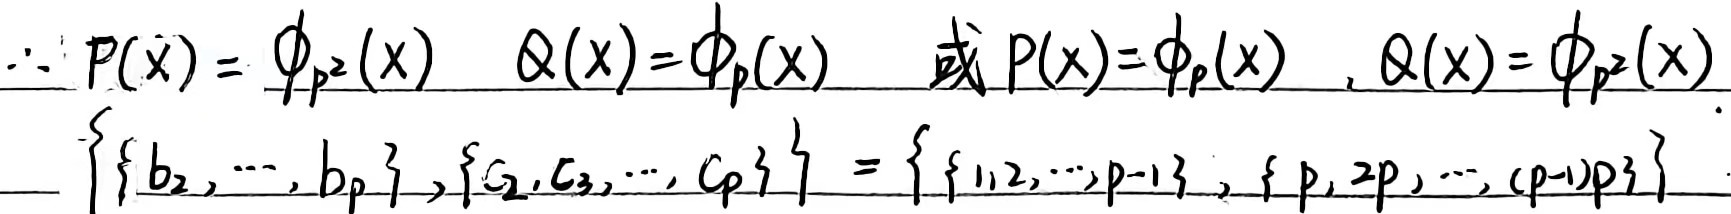
$\therefore P(x)=\phi_{p^{2}}(x),\quad Q(x)=\phi_{p}(x)\quad 或 P(x)=\phi_{p}(x),\quad Q(x)=\phi_{p^{2}}(x)$

$\left\{\{b_{2},\cdots,b_{p}\},\{c_{2},c_{3},\cdots,c_{p}\}\right\}=\left\{\{1,2,\cdots,p - 1\},\{p,2p,\cdots,(p - 1)p\}\right\}$